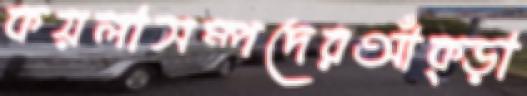
কয়লাসম্পদেরআঁক্‌ড়া